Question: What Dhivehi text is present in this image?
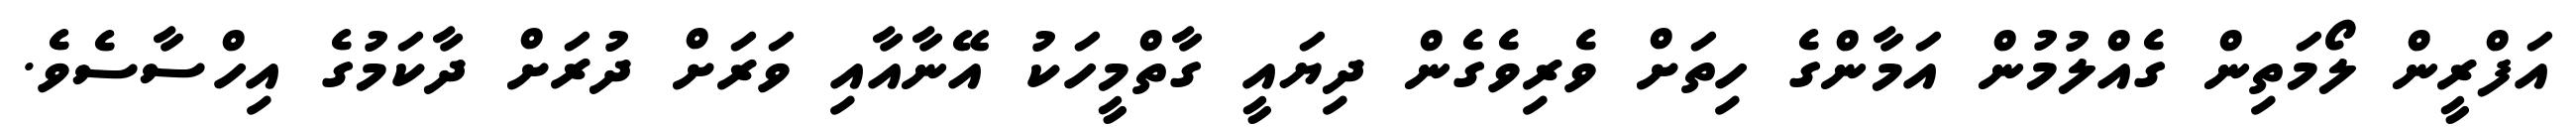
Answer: އަފްރީން ލޯމަތިން ގެއްލުމުން އަމާންގެ ހިތަށް ވެރިވެގެން ދިޔައީ ގާތްމީހަކު އޭނާއާއި ވަރަށް ދުރަށް ދާކަމުގެ އިހްސާސެވެ.